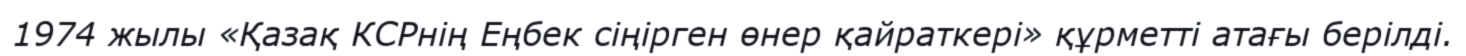
1974 жылы «Қазақ КСРнің Еңбек сіңірген өнер қайраткері» құрметті атағы берілді.